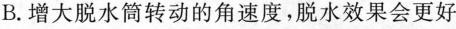
B.增大脱水筒转动的角速度，脱水效果会更好